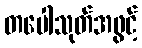
တပေါသုတ်အဖွင့်